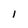
Character: i